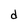
Character: d